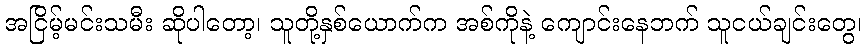
အငြိမ့်မင်းသမီး ဆိုပါတော့၊ သူတို့နှစ်ယောက်က အစ်ကိုနဲ့ ကျောင်းနေဘက် သူငယ်ချင်းတွေ၊